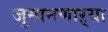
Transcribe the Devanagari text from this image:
जुमानणाऱ्या